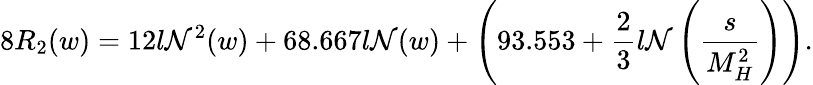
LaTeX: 8R_{2}(w)=12l\mathcal{N}^{2}(w)+68.667l\mathcal{N}(w)+\left(93.553+\frac{{2}}{{3}}l\mathcal{N}\left(\frac{{s}}{{M_{H}^{2}}}\right)\right).